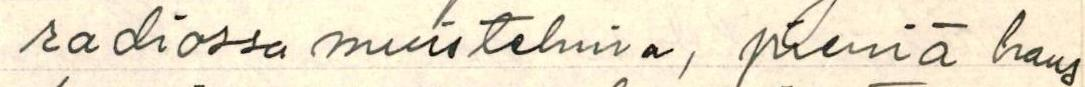
radiossa muistelmia, pieniä haus